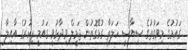
ގައުމުގެ މިވަގުތުގެ ސިޔާސީ ހަލަތާ ގުޅޭގޮތުން ޖަމީލް ވިދާޅުވީ ގައުމީ ފިކުރުގެ އާއިލާ